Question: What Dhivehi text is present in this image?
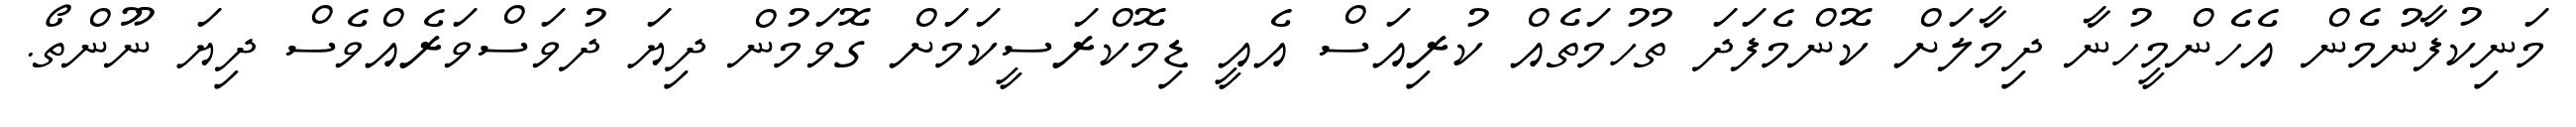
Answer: މަނިކުފާނުމެން އެހެންމީހުނާ ދިމާލަށް ކޮންމެފަދަ ތުހުމަތެއް ކުރިއަސް އެއީ ޑިމޮކްރަސީކަމަށް ގޮވަމުން ދިޔަ ދުވަސްވަރެއްވެސް ދިޔަ ނޫންތޯ.